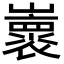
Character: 𡾨